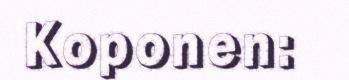
Koponen: